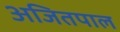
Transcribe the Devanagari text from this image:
अजितपाल